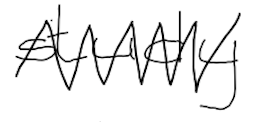
Text: study
Cross-out: mix
Writing tool: digital_black